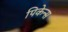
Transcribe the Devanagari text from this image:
पिकेन्स